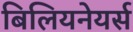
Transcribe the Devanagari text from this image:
बिलियनेयर्स